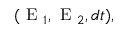
( \textrm { E } _ { 1 } , \textrm { E } _ { 2 } , d t ) ,